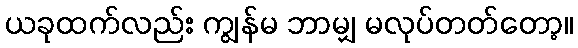
ယခုထက်လည်း ကျွန်မ ဘာမျှ မလုပ်တတ်တော့။